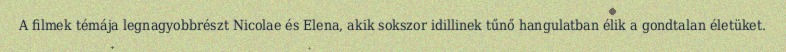
A filmek témája legnagyobbrészt Nicolae és Elena, akik sokszor idillinek tűnő hangulatban élik a gondtalan életüket.